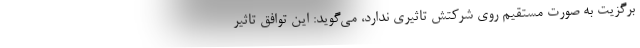
برگزیت به صورت مستقیم روی شرکتش تاثیری ندارد، می‌گوید: این توافق تاثیر